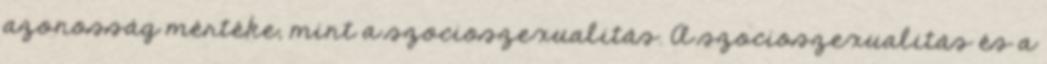
azonosság mértéke, mint a szocioszexualitás. A szocioszexualitás és a